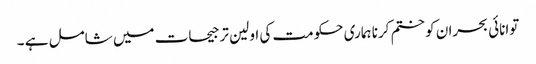
توانائی بحران کو ختم کرنا ہماری حکومت کی اولین ترجیحات میں شامل ہے ۔